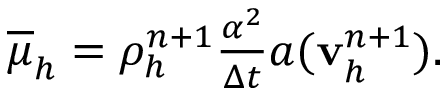
\begin{array} { r } { \overline { { \mu } } _ { h } = \rho _ { h } ^ { n + 1 } \frac { \alpha ^ { 2 } } { \Delta t } a ( \mathbf v _ { h } ^ { n + 1 } ) . } \end{array}